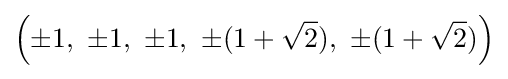
\left(\pm 1,\ \pm 1,\ \pm 1,\ \pm (1+{\sqrt {2}}),\ \pm (1+{\sqrt {2}})\right)